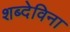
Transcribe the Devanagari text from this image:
शब्देविना